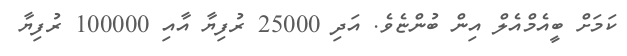
ކަމަށް ބީއެމްއެލް އިން ބުންޏެވެ. އަދި 25000 ރުފިޔާ އާއި 100000 ރުފިޔާ